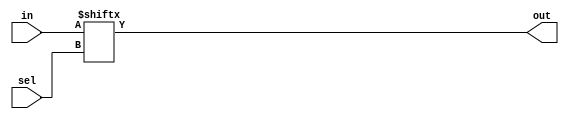
`timescale 1ns / 1ps

module mux16to1(out,in,sel);
input [15:0] in ;
input [3:0] sel ;
output out;

assign out = in[sel];
endmodule